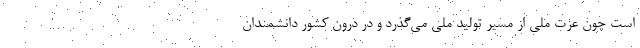
است چون عزت ملی از مسیر تولید ملی می‌‌گذرد و در درون کشور دانشمندان